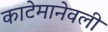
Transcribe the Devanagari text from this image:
काटेमानेवली